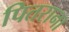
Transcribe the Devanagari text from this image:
पितराना